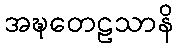
အဍ္ဎတေဠသာနိ